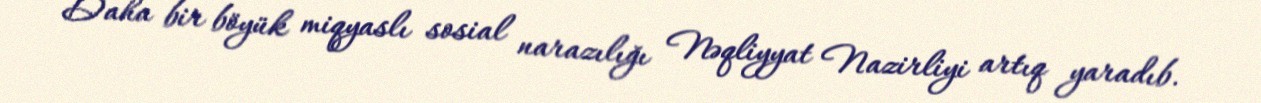
Daha bir böyük miqyaslı sosial narazılığı Nəqliyyat Nazirliyi artıq yaradıb.